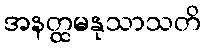
အနတ္ထမနုသာသတိ